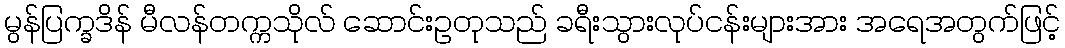
မွန်ပြက္ခဒိန် မီလန်တက္ကသိုလ် ဆောင်းဥတုသည် ခရီးသွားလုပ်ငန်းများအား အရေအတွက်ဖြင့်